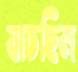
যাচছিল